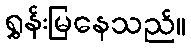
ရွှန်းမြနေသည်။